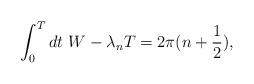
LaTeX: \begin{align*}\int_0^{T} dt\,\, W - \lambda_n T = 2\pi (n + \frac{1}{2}),\end{align*}